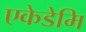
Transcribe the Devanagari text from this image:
एकेडेमि